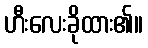
ဟီးလေးခိုထား၏။